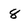
Character: 8